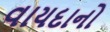
વાયદાનો